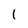
Character: l